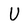
Character: U